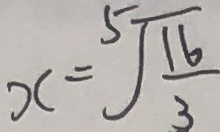
x = \sqrt [ 5 ] { \frac { 1 6 } { 3 } }